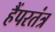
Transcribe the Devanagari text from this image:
हैंपरतंत्र